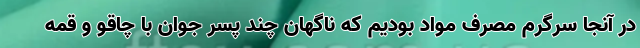
در آنجا سرگرم مصرف مواد بودیم که ناگهان چند پسر جوان با چاقو و قمه